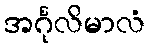
အင်္ဂုလိမာလံ